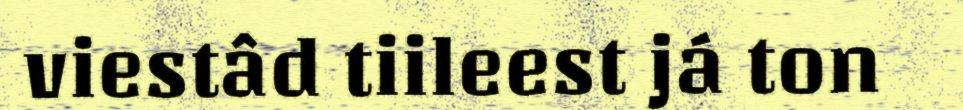
viestâd tiileest já ton